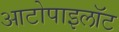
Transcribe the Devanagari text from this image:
आटोपाइलॉट